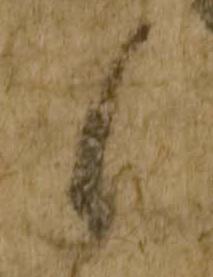
候